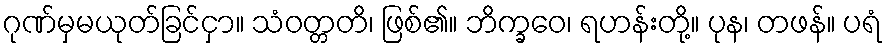
ဂုဏ်မှမယုတ်ခြင်ငှာ။ သံဝတ္တတိ၊ ဖြစ်၏။ ဘိက္ခဝေ၊ ရဟန်းတို့။ ပုန၊ တဖန်။ ပရံ